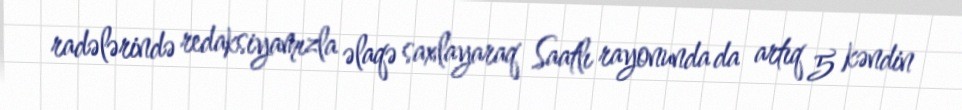
radələrində redaksiyamızla əlaqə saxlayaraq Saatlı rayonunda da artıq 5 kəndin